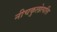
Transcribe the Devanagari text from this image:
नीचकुलोत्पत्ति